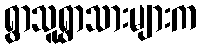
ရွာသူရွာသားများက